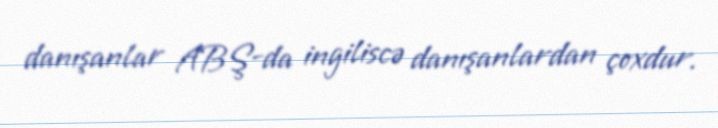
danışanlar ABŞ-da ingiliscə danışanlardan çoxdur.